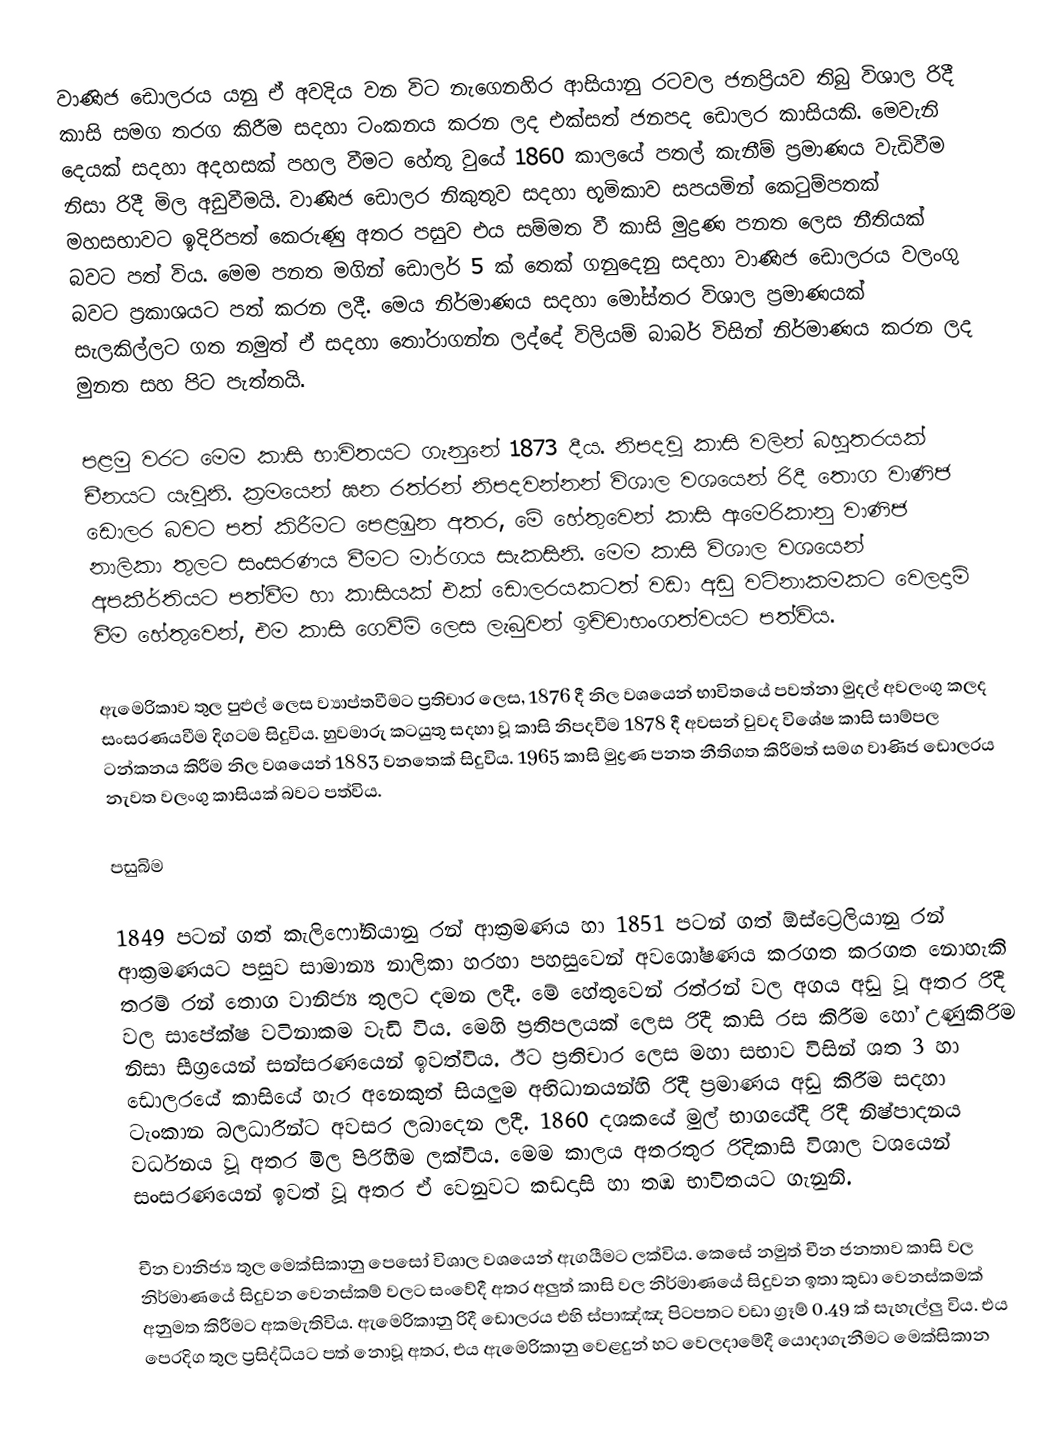
වාණිජ ඩොලරය යනු ඒ අවදිය වන විට නැගෙනහිර ආසියානු රටවල ජනප්‍රියව තිබු විශාල රිදී කාසි සමග තරග කිරීම සදහා ටංකනය කරන ලද එක්සත් ජනපද ඩොලර කාසියකි. මෙවැනි දෙයක් සදහා අදහසක් පහල වීමට හේතු වුයේ 1860 කාලයේ පතල් කැනීම් ප්‍රමාණය වැඩිවීම නිසා රිදී මිල අඩුවීමයි. වාණිජ ඩොලර නිකුතුව සදහා භූමිකාව සපයමින් කෙටුම්පතක් මහසභාවට ඉදිරිපත් කෙරුණු අතර පසුව එය සම්මත වී කාසි මුද්‍රණ පනත ලෙස නීතියක් බවට පත් විය. මෙම පනත මගින් ඩොලර් 5 ක් තෙක් ගනුදෙනු සදහා වාණිජ ඩොලරය වලංගු බවට ප්‍රකාශයට පත් කරන ලදී. මෙය නිර්මාණය සදහා මෝස්‌තර විශාල ප්‍රමාණයක් සැලකිල්ලට ගත නමුත් ඒ සදහා තෝරාගන්න ලද්දේ විලියම් බාබර් විසින් නිර්මාණය කරන ලද මුනත සහ පිට පැත්තයි.

පළමු වරට මෙම කාසි භාවිතයට ගැනුනේ 1873 දීය. නිපදවූ කාසි වලින් බහුතරයක් චීනයට යැවුනි. ක්‍රමයෙන් ඝන රත්රන් නිපදවන්නන් විශාල වශයෙන් රිදී තොග වාණිජ ඩොලර බවට පත් කිරීමට පෙළඹුන අතර, මේ හේතුවෙන් කාසි ඇමෙරිකානු වාණිජ නාලිකා තුලට සංසරණය වීමට මාර්ගය සැකසිනි. මෙම කාසි විශාල වශයෙන් අපකීර්තියට පත්වීම හා කාසියක් එක් ඩොලරයකටත් වඩා අඩු වටිනාකමකට වෙලදාම් වීම හේතුවෙන්, එම කාසි ගෙවීම් ලෙස ලැබුවන් ඉච්චාභංගත්වයට පත්විය.

ඇමෙරිකාව තුල පුළුල් ලෙස ව්‍යාප්තවීමට ප්‍රතිචාර ලෙස, 1876 දී නිල වශයෙන් භාවිතයේ පවත්නා මුදල් අවලංගු කලද සංසරණයවීම දිගටම සිදුවිය. හුවමාරු කටයුතු සදහා වූ කාසි නිපදවීම 1878 දී අවසන් වුවද විශේෂ කාසි සාම්පල ටන්කනය කිරීම නිල වශයෙන් 1883 වනතෙක් සිදුවිය. 1965 කාසි මුද්‍රණ පනත නීතිගත කිරීමත් සමග වාණිජ ඩොලරය නැවත වලංගු කාසියක් බවට පත්විය.

පසුබිම

1849 පටන් ගත් කැලිෆෝනියානු රන් ආක්‍රමණය හා 1851 පටන් ගත් ඕස්ට්‍රෙලියානු රන් ආක්‍රමණයට පසුව සාමාන්‍ය නාලිකා හරහා පහසුවෙන් අවශෝෂණය කරගත කරගත නොහැකි තරම් රන් තොග වානිජ්‍ය තුලට දමන ලදී. මේ හේතුවෙන් රත්රන් වල අගය අඩු වූ අතර රිදී වල සාපේක්ෂ වටිනාකම වැඩි විය. මෙහි ප්‍රතිපලයක් ලෙස රිදී කාසි රස කිරීම හෝ උණුකිරිම නිසා සීග්‍රයෙන් සන්සරණයෙන් ඉවත්විය. ඊට ප්‍රතිචාර ලෙස මහා සභාව විසින් ශත 3 හා ඩොලරයේ කාසියේ හැර අනෙකුත් සියලුම අභිධානයන්හි රිදී ප්‍රමාණය අඩු කිරීම සදහා ටැංකාන බලධාරීන්ට අවසර ලබාදෙන ලදී. 1860 දශකයේ මුල් භාගයේදී රිදී නිෂ්පාදනය වර්ධනය වූ අතර මිල පිරිහීම ලක්විය. මෙම කාලය අතරතුර රිදිකාසි විශාල වශයෙන් සංසරණයෙන් ඉවත් වූ අතර ඒ වෙනුවට කඩදාසි හා තඹ භාවිතයට ගැනුනි.

චීන වානිජ්‍ය තුල මෙක්සිකානු පෙසෝ විශාල වශයෙන් ඇගයීමට ලක්විය. කෙසේ නමුත් චීන ජනතාව කාසි වල නිර්මාණයේ සිදුවන වෙනස්කම් වලට සංවේදී අතර අලුත් කාසි වල නිර්මාණයේ සිදුවන ඉතා කුඩා වෙනස්කමක් අනුමත කිරීමට අකමැතිවිය. ඇමෙරිකානු රිදී ඩොලරය එහි ස්පාඤ්ඤ පිටපතට වඩා ග්‍රෑම් 0.49 ක් සැහැල්ලු විය. එය පෙරදිග තුල ප්‍රසිද්ධියට පත් නොවූ අතර, එය ඇමෙරිකානු වෙළදුන් හට වෙලදාමේදී යොදාගැනීමට මෙක්සිකාන